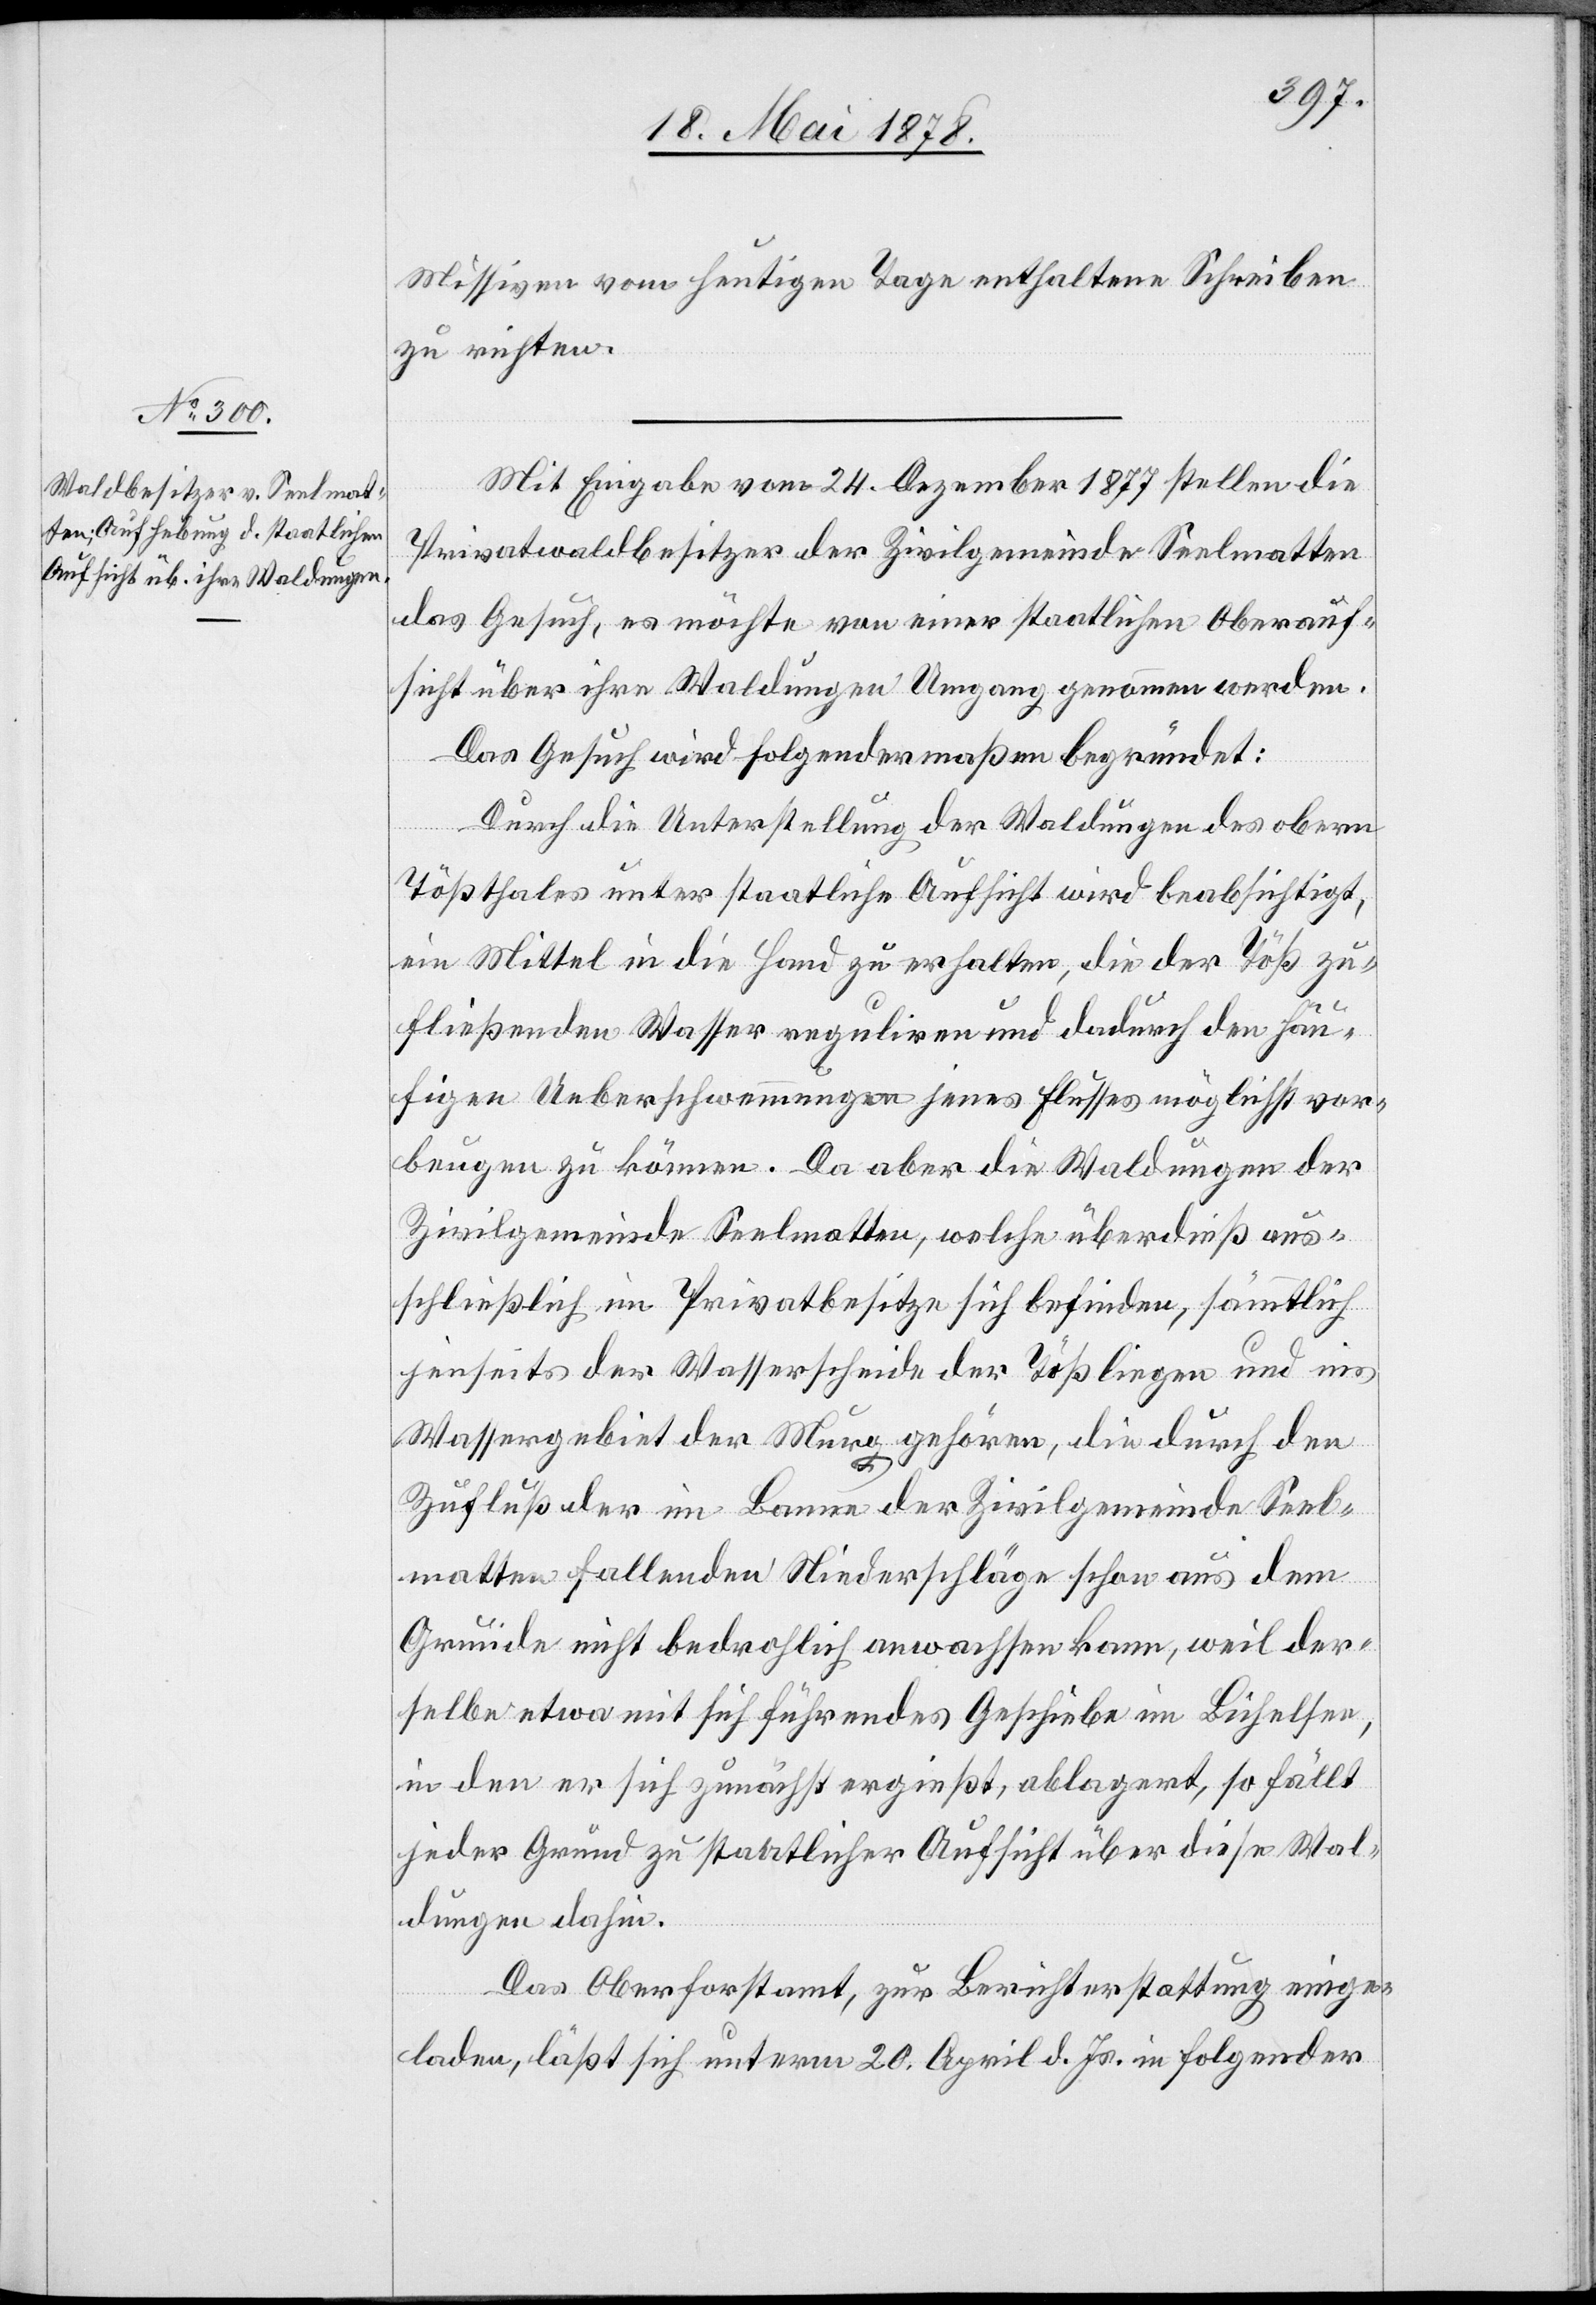
Missiven vom heutigen Tage enthaltene Schreiben
zu richten.
Mit Eingabe vom 24. Dezember 1877 stellen die
Privatwaldbesitzer der Zivilgemeinde Seelmatten
das Gesuch, es möchte von einer staatlichen Oberauf¬
sicht über ihre Waldungen Umgang genommen werden.
Das Gesuch wird folgendermaßen begründet:
Durch die Unterstellung der Waldungen des obern
Tößthales unter staatliche Aufsicht wird beabsichtigt,
ein Mittel in die Hand zu erhalten, die der Töß zu¬
fließenden Wasser reguliren und dadurch den häu¬
figen Ueberschwemmungen jenes Flusses möglichst vor¬
beugen zu können. Da aber die Waldungen der
Zivilgemeinde Seelmatten, welche überdieß aus¬
schließlich im Privatbesitze sich befinden, sämmtlich
jenseits der Wasserscheide der Töß liegen und ins
Wassergebiet der Murg gehören, die durch den
Zufluß der im Banne der Zivilgemeinde Seel¬
matten fallenden Niederschläge schon aus dem
Grunde nicht bedrohlich anwachsen kann, weil der¬
selbe etwa mit sich führendes Geschiebe im Bichelsee,
in den er sich zunächst ergießt, ablagert, so fällt
jeder Grund zu staatlicher Aufsicht über diese Wal¬
dungen dahin.
Das Oberforstamt, zur Berichterstattung einge¬
laden, läßt sich unterm 20. April d. Js. in folgender